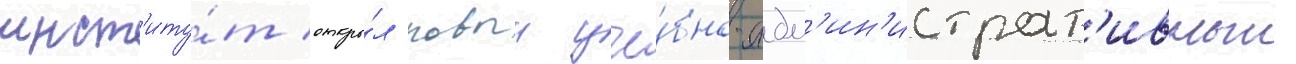
инст'иту́т откры́л новыи уче́бно-адм'ин'истрат'ивныи